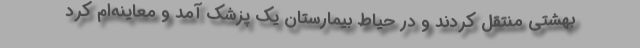
بهشتی منتقل كردند و در حیاط بیمارستان یك پزشك آمد و معاینه‌ام كرد